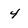
Character: 4